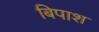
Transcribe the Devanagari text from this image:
बिपाश